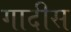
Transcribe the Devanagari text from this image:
गादीस